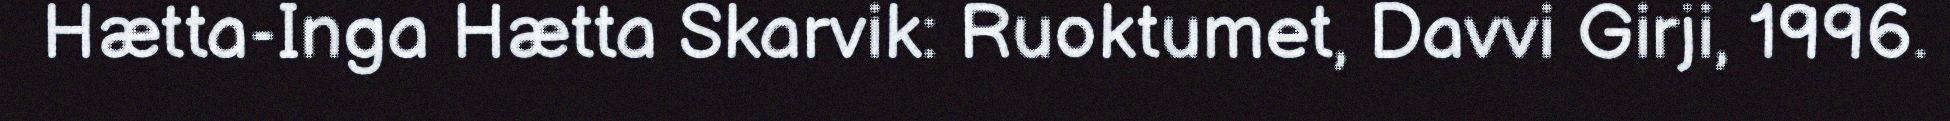
Hætta-Inga Hætta Skarvik: Ruoktumet, Davvi Girji, 1996.